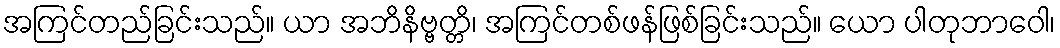
အကြင်တည်ခြင်းသည်။ ယာ အဘိနိဗ္ဗတ္တိ၊ အကြင်တစ်ဖန်ဖြစ်ခြင်းသည်။ ယော ပါတုဘာဝေါ၊